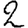
Digit: 2